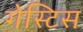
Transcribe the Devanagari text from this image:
गेस्टिस